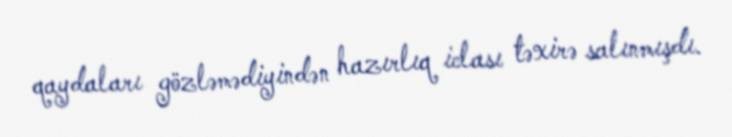
qaydaları gözləmədiyindən hazırlıq iclası təxirə salınmışdı.